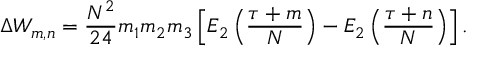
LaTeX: \Delta W _ { m , n } = \frac { N ^ { 2 } } { 2 4 } m _ { 1 } m _ { 2 } m _ { 3 } \left[ E _ { 2 } \left( \frac { \tau + m } { N } \right) - E _ { 2 } \left( \frac { \tau + n } { N } \right) \right] .